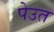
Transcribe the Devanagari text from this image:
पेउत